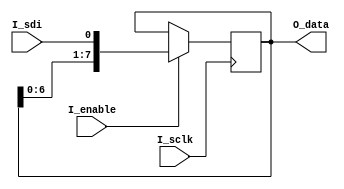
`timescale 1ns / 1ps
//////////////////////////////////////////////////////////////////////////////////
// Company: Analog Devices Inc.
// 
// Design Name: 
// Module Name:    spi_decoder 
// Project Name: 
// Target Devices:
// Tool versions:
// Description: Decoder (de-serializer) for SPI data.
// This decoder assumes MSB first transfer.
//
// Dependencies: 
//
// Revision: 1.00
// Revision 0.01 - File Created
// Additional Comments: 
//
//////////////////////////////////////////////////////////////////////////////////
module spi_decoder #
(
	parameter DATA_SIZE = 8		// The size of the parallel output data.
)
(
	//
	//			------- Inputs -------
	//
	input I_sclk,									// Serial data clock
	input I_enable,								// Enable for the decoder
	input I_sdi,									// Serial data input
	//
	//			------- Outputs -------
	//
	output reg [DATA_SIZE - 1:0] O_data		// Parallel output data
);

// Shift up data and insert SDI on rising clock edge.
always @(posedge I_sclk)
	if (I_enable) O_data <= {O_data[DATA_SIZE - 2:0], I_sdi};

endmodule